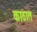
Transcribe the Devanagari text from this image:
काठात